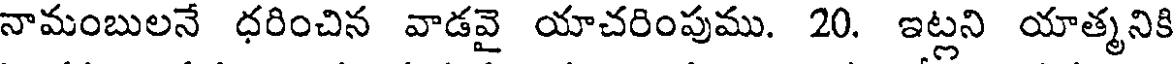
నామంబులనే ధరించిన వాడవై యాచరింపుము. 20. ఇట్లని యాత్మనికి